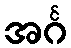
အင်္ဂ